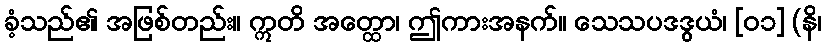
ခံ့သည်၏ အဖြစ်တည်း။ ဣတိ အတ္ထော၊ ဤကားအနက်။ သေသပဒဒွယံ၊ [၀၁] (နိ၊